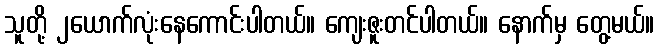
သူတို့ ၂ယောက်လုံးနေကောင်းပါတယ်။ ကျေးဇူးတင်ပါတယ်။ နောက်မှ တွေ့မယ်။